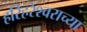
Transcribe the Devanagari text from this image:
हरिहरेश्‍वराच्या